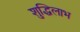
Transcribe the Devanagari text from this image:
शुद्धिलाभ